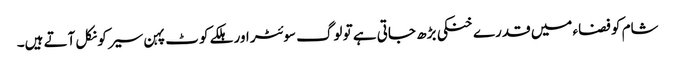
شام کو فضاء میں قدرے خنکی بڑھ جاتی ہے تو لوگ سوئٹر اور ہلکے کوٹ پہن سیر کو نکل آتے ہیں۔